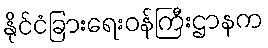
နိုင်ငံခြားရေးဝန်ကြီးဌာနက